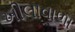
ખીલાવાળા